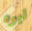
ابوه